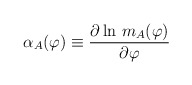
\begin{align*}\alpha_A (\varphi) \equiv {\partial\ln\, m_A(\varphi)\over \partial\varphi} \end{align*}